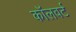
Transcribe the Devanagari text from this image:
कॉलवर्ट